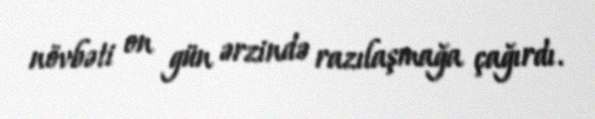
növbəti on gün ərzində razılaşmağa çağırdı.